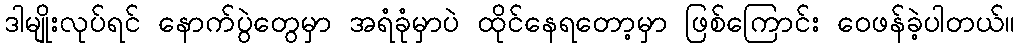
ဒါမျိုးလုပ်ရင် နောက်ပွဲတွေမှာ အရံခုံမှာပဲ ထိုင်နေရတော့မှာ ဖြစ်ကြောင်း ဝေဖန်ခဲ့ပါတယ်။